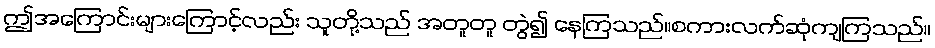
ဤအကြောင်းများကြောင့်လည်း သူတို့သည် အတူတူ တွဲ၍ နေကြသည်။စကားလက်ဆုံကျကြသည်။